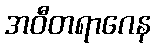
အဝီတရာဂေန